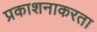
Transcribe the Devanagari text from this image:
प्रकाशनाकरता